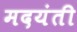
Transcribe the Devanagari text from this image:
मदयंती